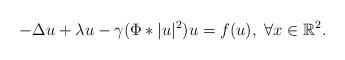
LaTeX: \begin{align*}-\Delta u+\lambda u-\gamma (\Phi \ast |u|^{2})u=f(u),\ \forall x\in \mathbb{R}^{2}. \end{align*}